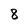
Character: 8